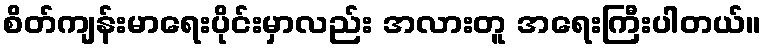
စိတ်ကျန်းမာရေးပိုင်းမှာလည်း အလားတူ အရေးကြီးပါတယ်။